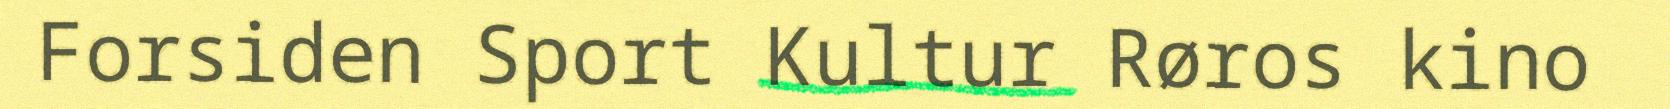
Forsiden Sport Kultur Røros kino